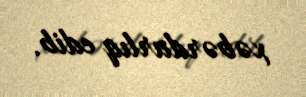
xəbərdarlıq edib.